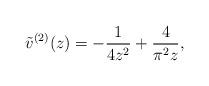
LaTeX: \begin{align*}\tilde{v}^{(2)}(z)=-\frac{1}{4z^2}+\frac{4}{\pi^2z},\end{align*}